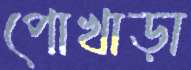
পোখাড়া